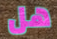
هل